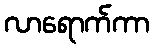
လာရောက်ကာ